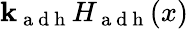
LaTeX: \mathbf{k}_{\mathrm{{~a~d~h~}}}H_{\mathrm{{~a~d~h~}}}(x)